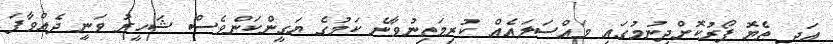
އަދި ތެޔޮ ފޯރުކޮށްދިނުމުގައި މައްސަލައެއް ކުރިމަތިނުވާނެ ކަމުގެ ޔަގީންކަންވެސް ޝަހީރު ވަނީ ދެއްވާފަ